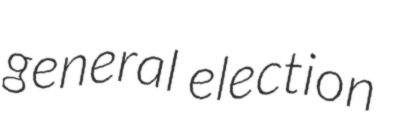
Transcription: general election